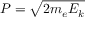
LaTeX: P = { \sqrt { 2 m _ { e } E _ { k } } }